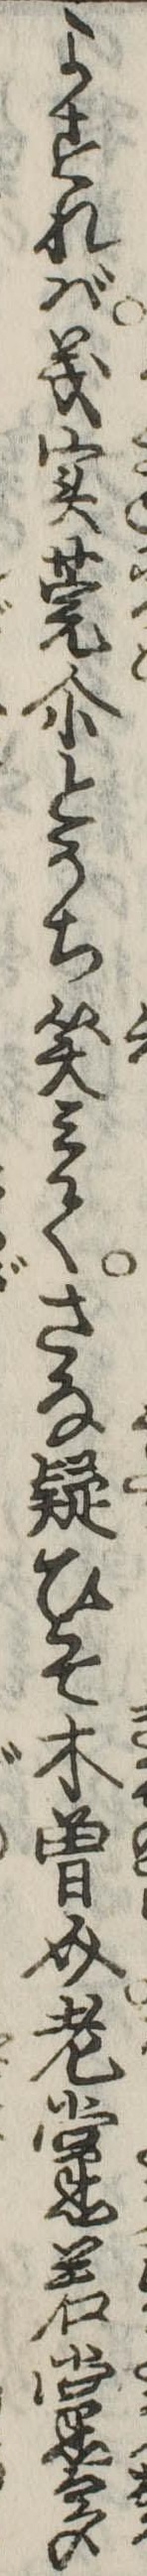
よすれば義実莞爾とうち笑みてさな疑ひそ木曽介老黨若黨多